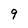
Character: 9